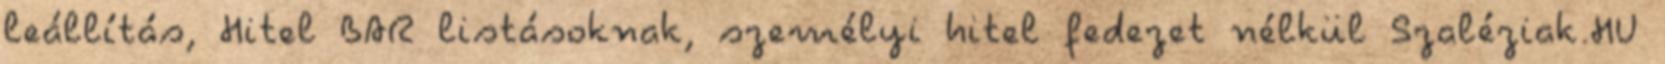
leállítás, Hitel BAR listásoknak, személyi hitel fedezet nélkül Szaléziak.HU